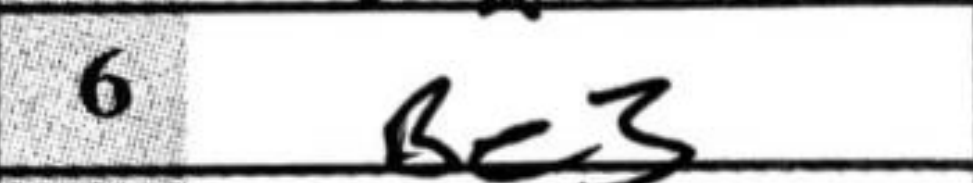
Transcription: Be3